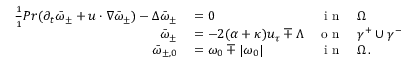
\begin{array} { r l r l } { \frac { 1 } { 1 } { { P r } } ( \partial _ { t } \bar { \omega } _ { \pm } + u \cdot \nabla \bar { \omega } _ { \pm } ) - \Delta \bar { \omega } _ { \pm } } & { { } = 0 } & { \textnormal { i n } } & { { } \Omega } \\ { \bar { \omega } _ { \pm } } & { { } = - 2 ( \alpha + \kappa ) u _ { \tau } \mp \Lambda } & { \textnormal { o n } } & { { } \gamma ^ { + } \cup \gamma ^ { - } } \\ { \bar { \omega } _ { \pm , 0 } } & { { } = \omega _ { 0 } \mp | \omega _ { 0 } | } & { \textnormal { i n } } & { { } \Omega \, . } \end{array}